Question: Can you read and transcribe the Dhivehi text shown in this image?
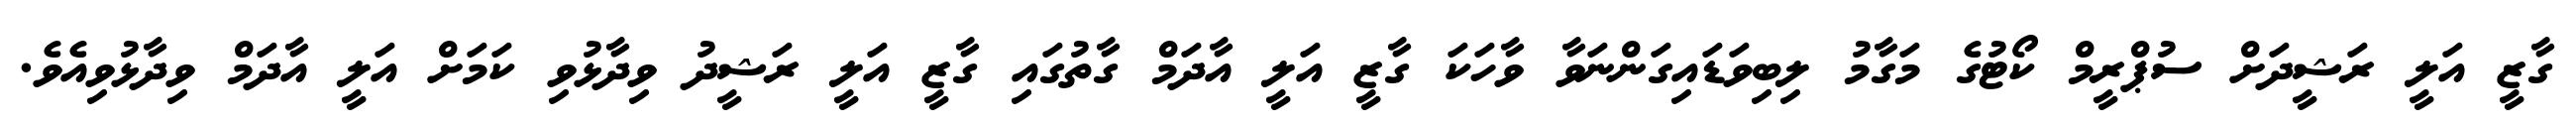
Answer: ގާޒީ އަލީ ރަޝީދަށް ސުޕްރީމް ކޯޓުގެ މަގާމު ލިބިވަޑައިގަންނަވާ ވާހަކަ ގާޒީ އަލީ އާދަމް ގާތުގައި ގާޒީ އަލީ ރަޝީދު ވިދާޅުވި ކަމަށް އަލީ އާދަމް ވިދާޅުވިއެވެ.